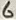
Text: 6